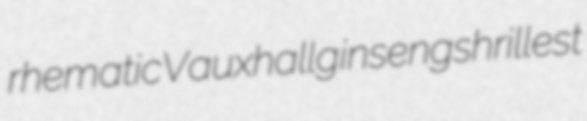
rhematic Vauxhall ginseng shrillest